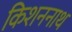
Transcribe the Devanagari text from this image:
किशननाथ